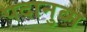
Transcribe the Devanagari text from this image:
पदानुव्म